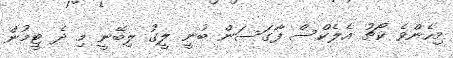
މިހެންވެ ކޯޗު އެލެކްސް ފާގަސަން ބުނީ ލީގު ލިބޭނީ މި ދެ ޓީމުން